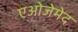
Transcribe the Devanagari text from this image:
एओजेमेद